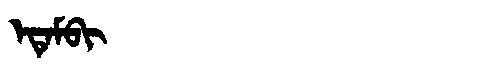
Manchu: ᡝᡨᡝᠮᠪᡳ
Romanization: ETEMBI